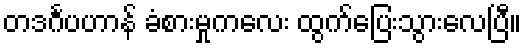
တဒင်္ဂပဟာန် ခံစားမှုကလေး ထွက်ပြေးသွားလေပြီ။